Riigikantselei, lk 235
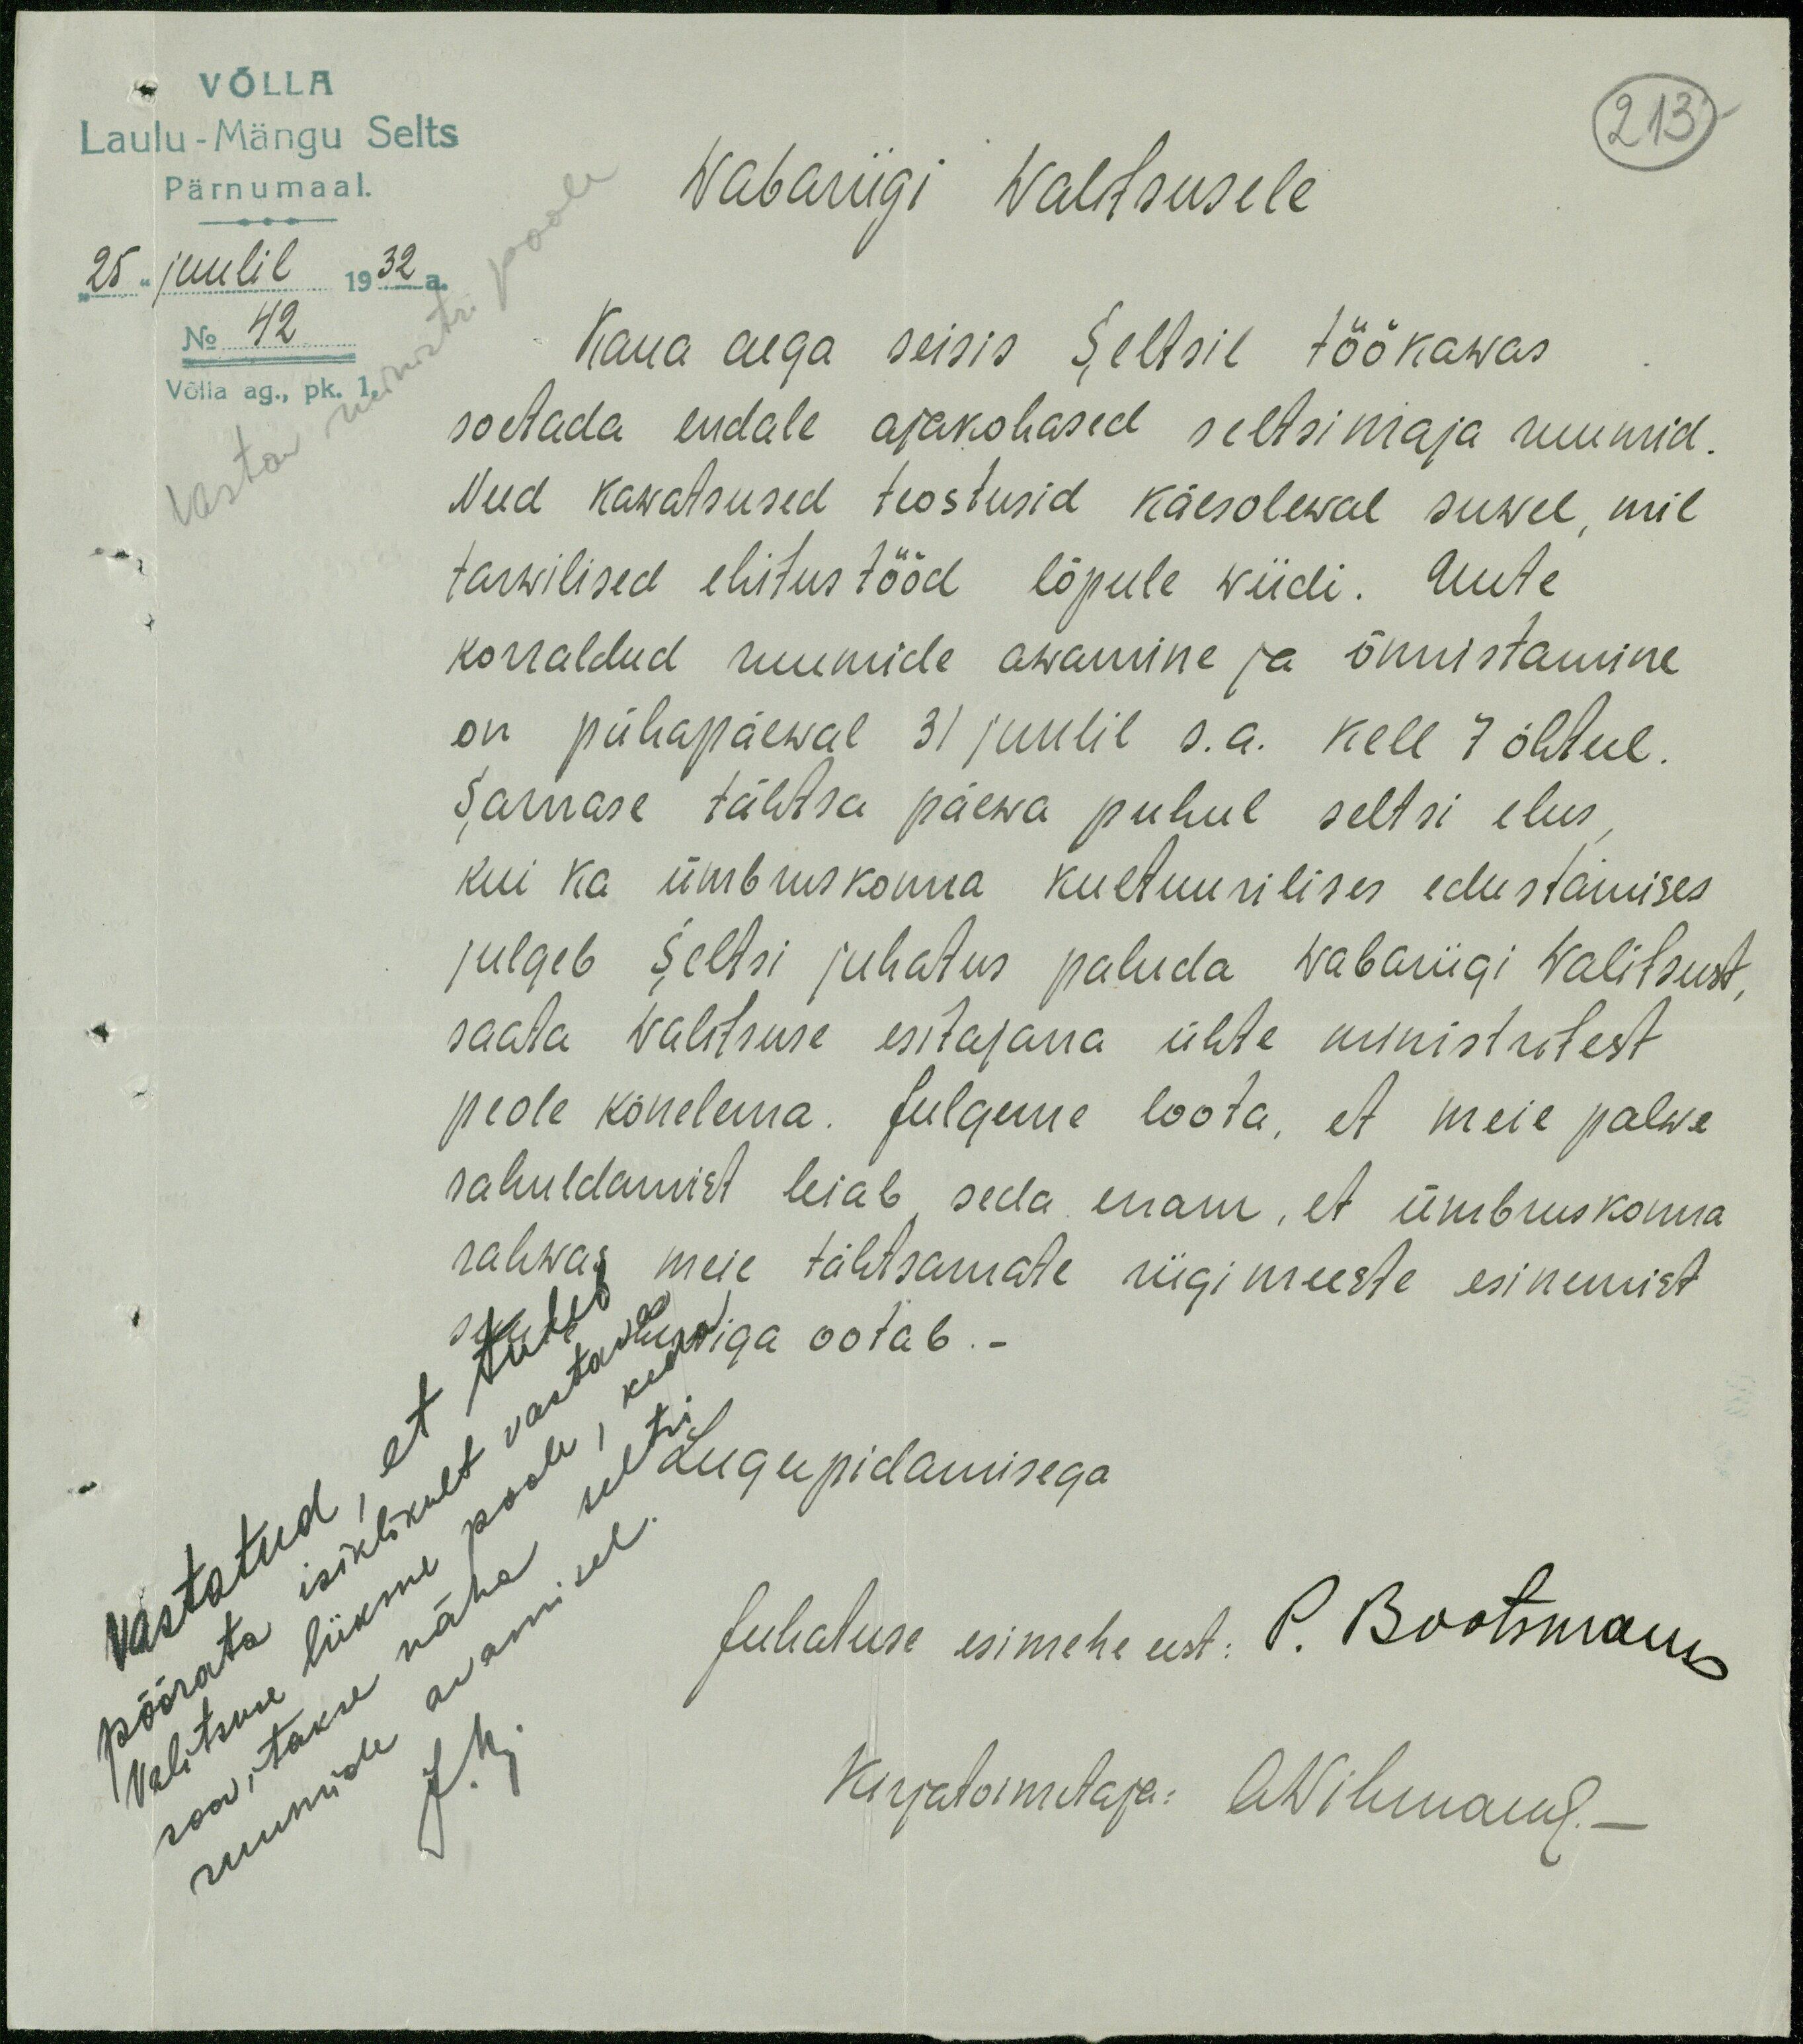
213
VÕLLA
Laulu - Mängu Selts
Pärnumaal.
25. juulil 1932 a.
No 42
Võlla ag., pk. 1,
Vastav ministri poole
Wabariigi Walitsusele
Kaua aega seisis Seltsil töökawas
soetada endale ajakohased seltsimaja ruumid.
Need kawatsused teostusid käesolewal suwel, mil
tarwilised ehitustööd lõpule wiidi. Uute
korraldud ruumide awamine ja õnnistamine
on pühapäewal 31 juulil s. a. kell 7 õhtul.
Sarnase tähtsa päewa puhul seltsi elus
kui ka ümbruskonna kultuurilises edustamises
julgeb Seltsi juhatus paluda Wabariigi Walitsust,
saata Walitsuse esitajana ühte ministritest
peole kõnelema. Julgeme loota, et meie palwe
rahuldamist leiab, seda enam, et ümbruskonna
rahwas meie tähtsamate riigimeeste esinemist
suure huwiga ootab. -
Lugupidamisega
Juhatuse esimehe eest: P. Bootsmann
Kirjatoimetaja: A. Wihmann. -